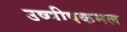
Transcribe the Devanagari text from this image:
उष्णीषकमल